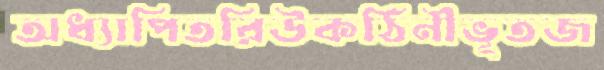
অধ্যাপিতরিউকঠিনীভূতজ